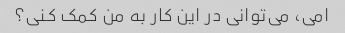
امی، می‌توانی در این کار به من کمک کنی؟